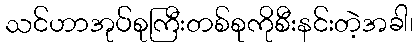
သင်ဟာအုပ်စုကြီးတစ်စုကိုစီးနင်းတဲ့အခါ၊